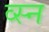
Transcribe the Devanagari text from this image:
व्स्न